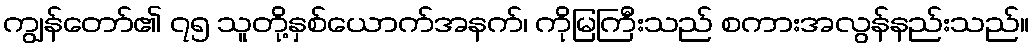
ကျွန်တော်၏ ၇၅ သူတို့နှစ်ယောက်အနက်၊ ကိုမြကြီးသည် စကားအလွန်နည်းသည်။